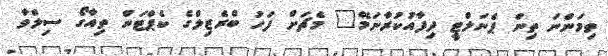
ތިމަންނަ ތިން ޕެނަލްޓީ ދިފާއުކުރާނަމޭ" މެޗަށް ފަހު ބްރެޒިލްގެ ކެޕްޓަން ތިއާގޯ ސިލްވާ